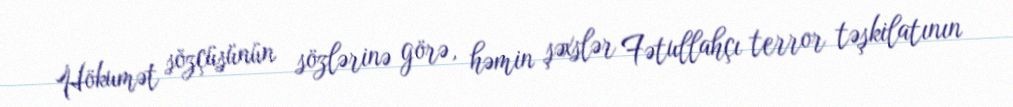
Hökumət sözçüsünün sözlərinə görə, həmin şəxslər Fətullahçı terror təşkilatının